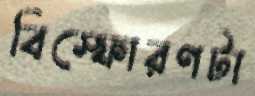
বিস্ফোরণটা